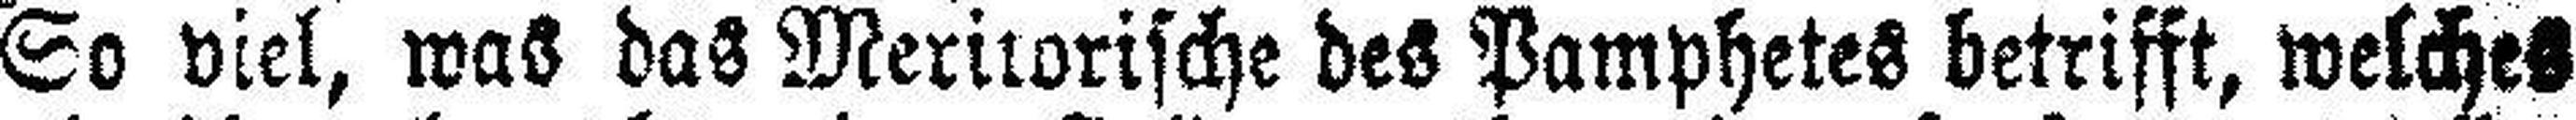
So viel, was das Meritorische des Pamphetes betrifft, welches